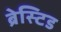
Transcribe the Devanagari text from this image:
ब्रेस्टिड